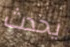
يحدث